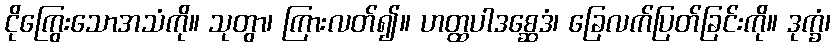
ငိုကြွေးသောအသံကို။ သုတွာ၊ ကြားလတ်၍။ ဟတ္ထပါဒစ္ဆေဒံ၊ ခြေလက်ပြတ်ခြင်းကို။ ဒုက္ခံ၊